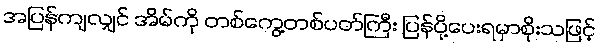
အပြန်ကျလျှင် အိမ်ကို တစ်ကွေ့တစ်ပတ်ကြီး ပြန်ပို့ပေးရမှာစိုးသဖြင့်